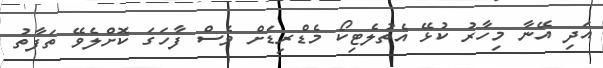
އަދި އޭނާ މިހާރު ކުޅޭ އެތުލެޓިކޯ މެޑްރިޑަށް ވެސް ފާހަގަ ކޮށްލެވޭ ތަފާތު